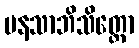
မနသာဘိသိတ္တော